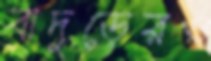
বাদুড়েরও